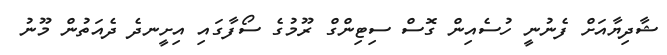
ޝާދިޔާއަށް ފެނުނީ ހުސެއިން ގޮސް ސިޓިންގް ރޫމުގެ ސޯފާގައި އިށީނދެ ދެއަތުން މޫނު